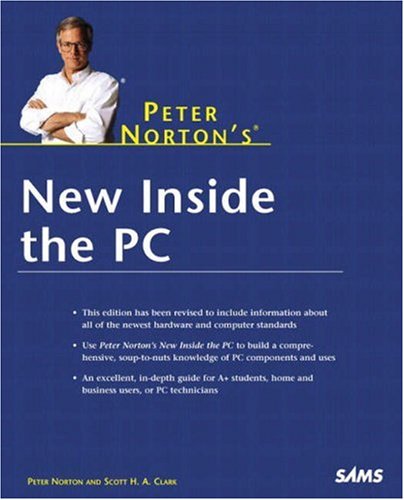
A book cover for Peter Norton's New Inside the PC; Peter Norton; Computers & Technology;